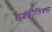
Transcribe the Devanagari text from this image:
हाईड्रौलिक्स